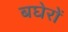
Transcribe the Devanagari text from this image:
बघेरों